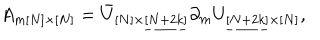
A _ { m [ N ] \times [ N ] } = \bar { U } _ { [ N ] \times \underline { { { [ N + 2 k ] } } } } \partial _ { m } U _ { \underline { { { [ N + 2 k ] } } } \times [ N ] } ,